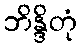
ဘိန္ဒိတုံ